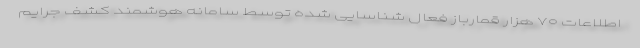
اطلاعات ۷۰ هزار قمارباز فعال شناسایی شده توسط سامانه هوشمند کشف جرایم